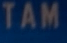
TAM